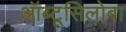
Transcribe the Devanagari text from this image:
ऑब्टूसिलोबा